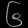
Digit: ၆